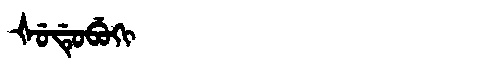
Manchu: ᡧᡠᡩᡠᠪᡠᡴᡳ
Romanization: ŠUDUBUKI